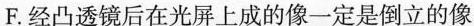
F.经凸透镜后在光屏上成的像一定是倒立的像